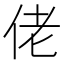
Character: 佬